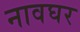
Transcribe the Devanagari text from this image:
नावघर